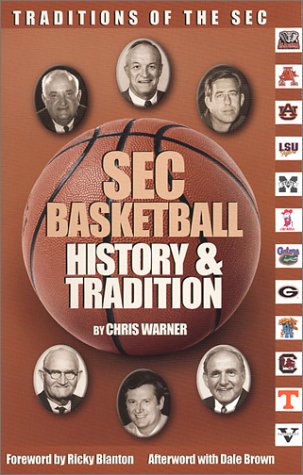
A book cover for SEC Basketball History & Tradition; Chris Warner; Sports & Outdoors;